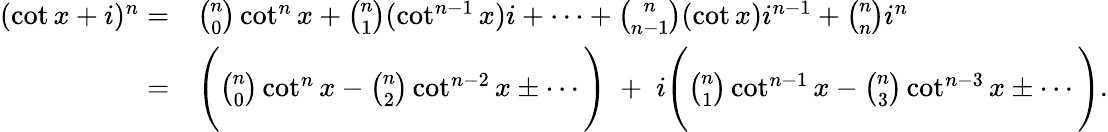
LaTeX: {\begin{array}{rl}{(\cot x+i)^{n}=}&{{\binom{n}{0}}\cot^{n}x+{\binom{n}{1}}(\cot^{n-1}x)i+\cdots+{\binom{n}{n-1}}(\cot x)i^{n-1}+{\binom{n}{n}}i^{n}}\\ {=}&{{\Bigg(}{\binom{n}{0}}\cot^{n}x-{\binom{n}{2}}\cot^{n-2}x\pm\cdots{\Bigg)}\; +\; i{\Bigg(}{\binom{n}{1}}\cot^{n-1}x-{\binom{n}{3}}\cot^{n-3}x\pm\cdots{\Bigg)}.}\end{array}}